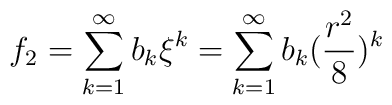
f_2 = \sum_{k=1}^\infty b_k \xi^k = \sum_{k=1}^\infty b_k (\frac{r^2}{8} )^k